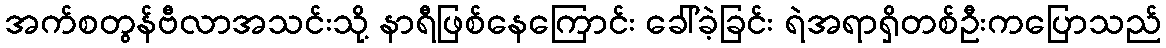
အက်စတွန်ဗီလာအသင်းသို့ နာရီဖြစ်နေကြောင်း ခေါ်ခဲ့ခြင်း ရဲအရာရှိတစ်ဦးကပြောသည်